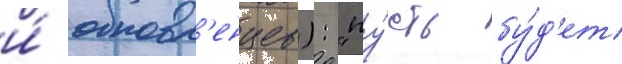
и́ обновл'енцев): "пу́сть бу́д'ет